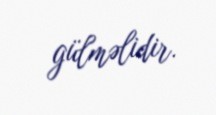
gülməlidir.